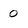
Character: 0